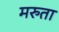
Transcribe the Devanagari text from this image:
मरुता